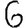
Digit: 6